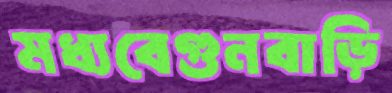
মধ্যবেগুনবাড়ি